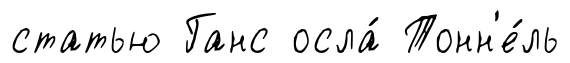
статью Ганс осла́ Тонн'е́ль